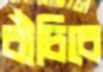
বাঁচিবে